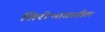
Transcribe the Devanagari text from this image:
शिरोभागातील